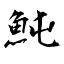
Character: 魨